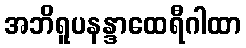
အဘိရူပနန္ဒာထေရီဂါထာ